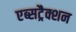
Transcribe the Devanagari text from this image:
एब्सट्रैक्शन